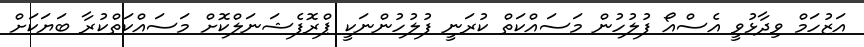
އަޒުހަމް ވިދާޅުވީ އެސްއޯ ފުލުހުން މަސައްކަތް ކުރަނީ ފުލުހުންނަކީ ޕްރޮފެޝަނަލްކޮށް މަސައްކަތްކުރާ ބަޔަކަށް